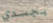
بجسدي